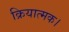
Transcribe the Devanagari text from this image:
क्रियात्मक।